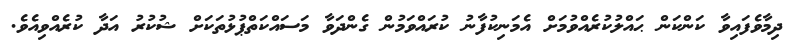
ދިމާވެފައިވާ ކަންކަން ޙައްލުކުރެއްވުމަށް އެމަނިކުފާނު ކުރައްވަމުން ގެންދަވާ މަސައްކަތްޕުޅުތަކަށް ޝުކުރު އަދާ ކުރެއްވިއެވެ.